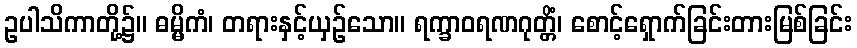
ဥပါသိကာတို့၌။ ဓမ္မိကံ၊ တရားနှင့်ယှဉ်သော။ ရက္ခာဝရဏဂုတ္တိံ၊ စောင့်ရှောက်ခြင်းတားမြစ်ခြင်း